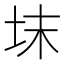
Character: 𡊉